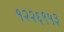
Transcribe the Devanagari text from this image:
१२२६९५३